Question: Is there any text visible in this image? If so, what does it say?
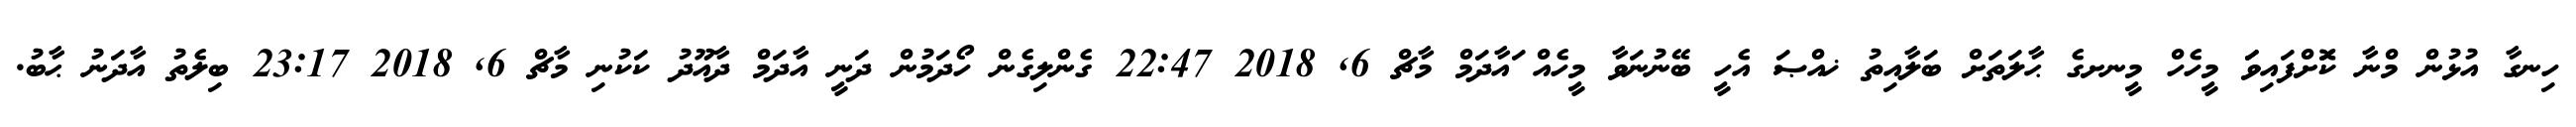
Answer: ހިނގާ އުޅުން މްނާ ކޮަށްފައިވަަ މީހެހް މީނށގެ ޙާލަތަށް ބަލާއިތު ޚއްޞަ އެހީ ބޭނުނަވާ މީހެއް ައާދަމް މާޗް 6, 2018 22:47 ގެންލިގެން ހޯދަމުން ދަނީ އާދަމް ދާއޫދު ކަކުނި މާޗް 6, 2018 23:17 ބިލެތު އާދަނު ޙާބު.